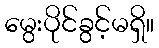
မွေးပိုင်ခွင့်မရှိ။